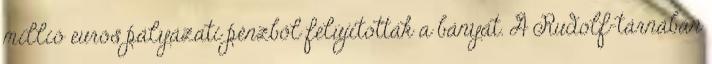
millió eurós pályázati pénzből felújították a bányát. A Rudolf-tárnában